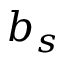
b _ { s }